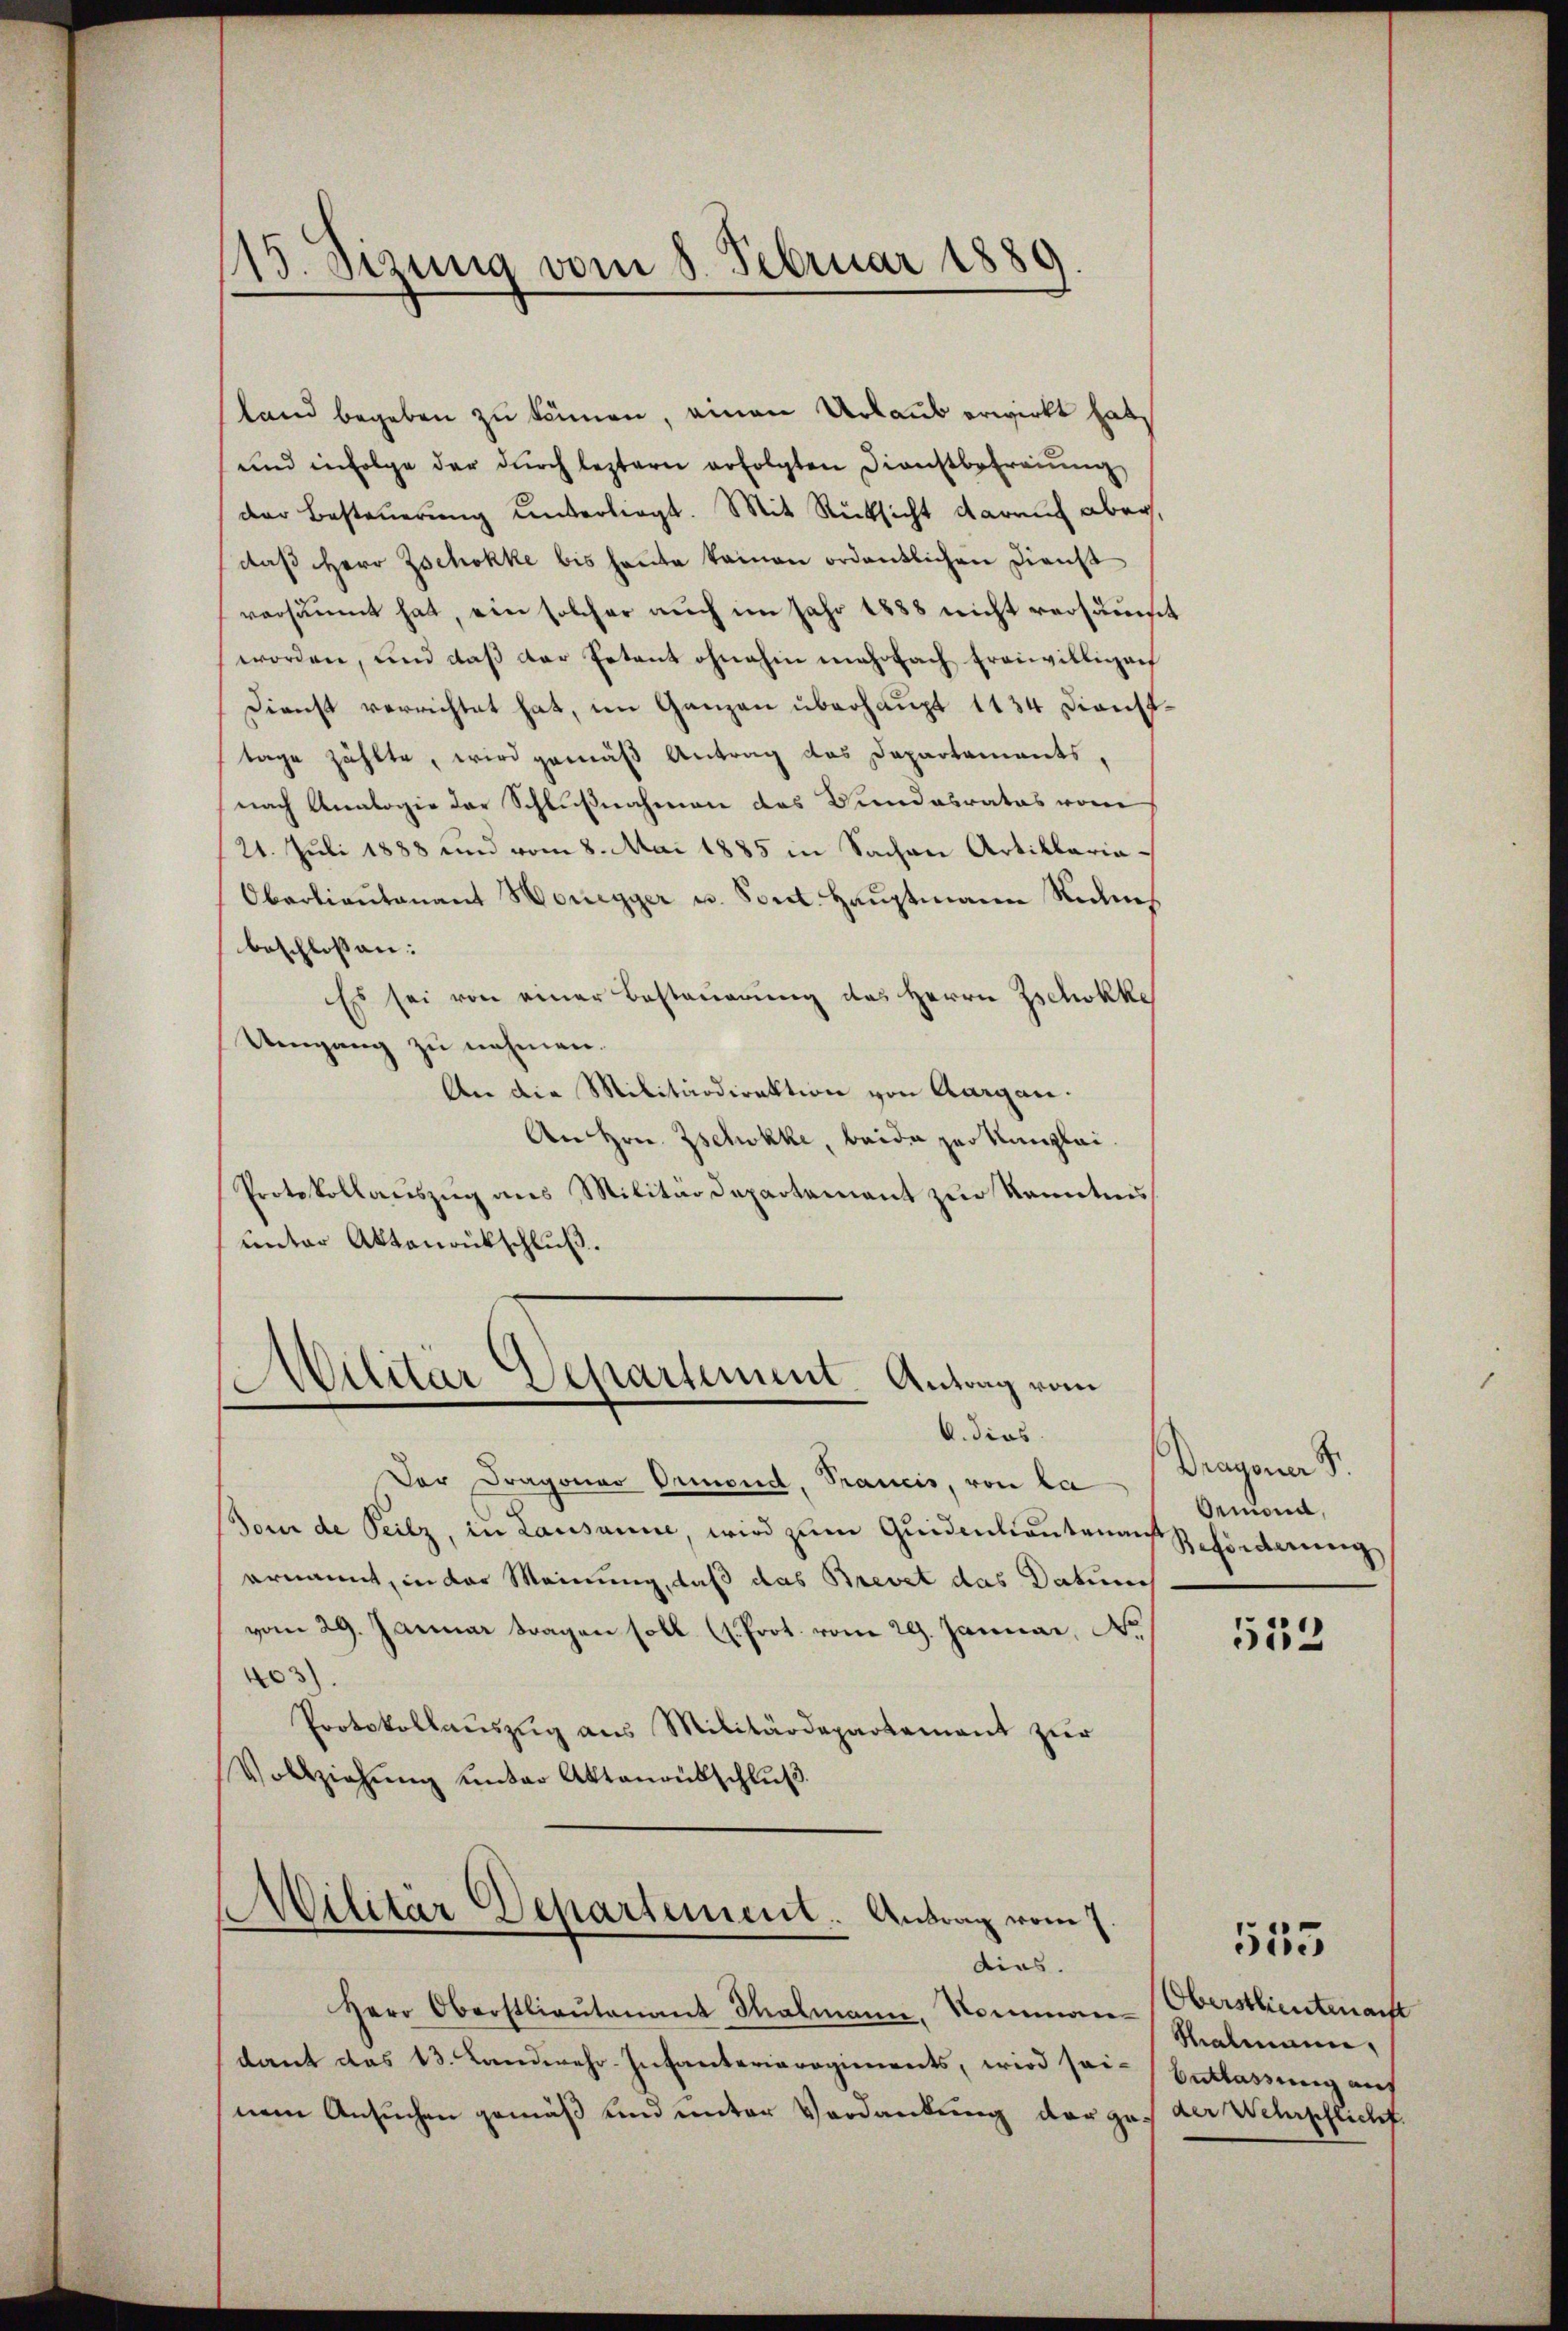
land begeben zu können, einen Urlaub erwirkt hat,
und infolge der dŭrch leztern erfolgten Dienstbefraŭŭng
der Besteuerung unterliegt. Mit Rücksicht darauf aber,
daβ Herr Zschokke bis heute keinen ordentlichen Dienst
versäumt hat, ein solcher auch im Jahr 1888 nicht versäumt
worden, und daβ der Ertant ohnehin mehrfach Ereiwilligen
Dienst verrichtet hat, im Ganzen überhaupt 1134 Diensttage zählte, wird gemäß Antrag das Departaments
nach Analogie der Schlußnahmen des Bundesrates vom
21. Juli 1888 und vom 8. Mai 1885 in Sachen Artillaria¬
Obarlieŭtenant Honegger u. Spect. Haŭptmann Siches
beschlossen:
Es sei von einer Besteuerung des Herrn Zschokke
Umgang zu nehmen.
An die Militärdirektion von Aargau.
An Hrn. Zschokke, beide zur Kanzlei.
Protokollauszug aus Militärdepartement zur Kenntnis
unter Aktenrütschluß.
Wilitär Departement. Antrag vom

15. Sizung vom 8. Februar 1889.

A. dies
Der Dragoner Ormond, Francis, von la
Tour de Peilz, in Lausanne, wird zum Quidenlieutenaus Schönderung
ernannt, in der Meinung, daß das Brevet das Datums
vom 29. Januar tragen soll (I. Prot. vom 29. Januar, No
3)
Protokollauszug aus Militärdepartement zur
Vollziehung unter Aktenausschluß.

(Militär Departement. Antrag vom 7.
dias.

Herr Oberstlieutenant Thalmann, Nommandant das 13. Landwehr-Infanterieregiments, wird sei. Entlassung auf
nem Ansuchen gemäß und unter Verdankung der gar der Wehrpflicht.

Dragoner S.
Oeniora,

552

535

Oberstlieutenacht
Shalmann,